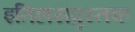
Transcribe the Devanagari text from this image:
इतिहासपुस्तक